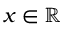
x \in \mathbb { R }